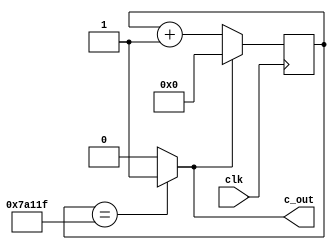
// (100Hz)
module m_prescale(input clk,output c_out);
	reg [19:0] cnt;
	wire wcout;
	
	assign wcout=(cnt==20'd499999) ? 1'b1 : 1'b0;
	assign c_out=wcout;
	
	always @(posedge clk) begin
		if(wcout==1'b1)
			cnt=0;
		else
			cnt=cnt+1;
	end
endmodule

// 
module m_mat7segment(input [3:0] idat, input pushed, output [7:0] odat);

    function [7:0] LedDec;
      input [3:0] num;
      begin
         case (num)
           4'h0:        LedDec = 8'b11000000;  // 0
           4'h1:        LedDec = 8'b11111001;  // 1
           4'h2:        LedDec = 8'b10100100;  // 2
           4'h3:        LedDec = 8'b10110000;  // 3
           4'h4:        LedDec = 8'b10011001;  // 4
           4'h5:        LedDec = 8'b10010010;  // 5
           4'h6:        LedDec = 8'b10000010;  // 6
           4'h7:        LedDec = 8'b11111000;  // 7
           4'h8:        LedDec = 8'b10000000;  // 8
           4'h9:        LedDec = 8'b10011000;  // 9
           4'ha:        LedDec = 8'b10001000;  // A
           4'hb:        LedDec = 8'b10000011;  // B
           4'hc:        LedDec = 8'b10100111;  // C
           4'hd:        LedDec = 8'b10100001;  // D
           4'he:        LedDec = 8'b10000110;  // E
           4'hf:        LedDec = 8'b10001110;  // F
           default:     LedDec = 8'b11111111;  // LED OFF
         endcase
      end 
    endfunction
	
	assign odat= (pushed) ? LedDec(idat) : 8'b11111111; //
	
endmodule

//
module m_7segment(input [3:0] idat, output [7:0] odat);

    function [7:0] LedDec;
      input [3:0] num;
      begin
         case (num)
           4'h0:        LedDec = 8'b11000000;  // 0
           4'h1:        LedDec = 8'b11111001;  // 1
           4'h2:        LedDec = 8'b10100100;  // 2
           4'h3:        LedDec = 8'b10110000;  // 3
           4'h4:        LedDec = 8'b10011001;  // 4
           4'h5:        LedDec = 8'b10010010;  // 5
           4'h6:        LedDec = 8'b10000010;  // 6
           4'h7:        LedDec = 8'b11111000;  // 7
           4'h8:        LedDec = 8'b10000000;  // 8
           4'h9:        LedDec = 8'b10011000;  // 9
           4'ha:        LedDec = 8'b10001000;  // A
           4'hb:        LedDec = 8'b10000011;  // B
           4'hc:        LedDec = 8'b10100111;  // C
           4'hd:        LedDec = 8'b10100001;  // D
           4'he:        LedDec = 8'b10000110;  // E
           4'hf:        LedDec = 8'b10001110;  // F
           default:     LedDec = 8'b11111111;  // LED OFF
         endcase
      end 
    endfunction
	
	assign odat= LedDec(idat);
	
endmodule